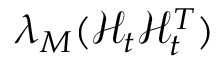
\lambda _ { M } ( \mathbf { \mathcal { H } } _ { t } \mathbf { \mathcal { H } } _ { t } ^ { T } )